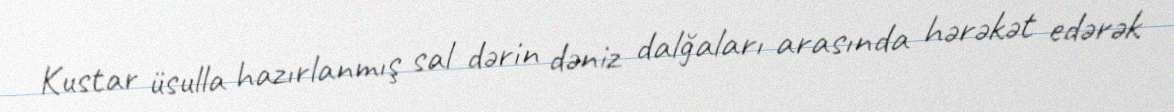
Kustar üsulla hazırlanmış sal dərin dəniz dalğaları arasında hərəkət edərək